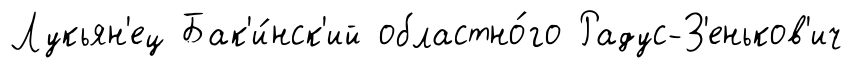
Лукьян'ец Бак'и́нск'ий областно́го Радус-З'еньков'ич